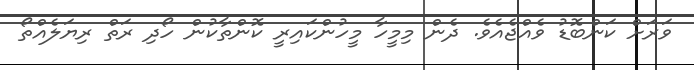
ވަރަށް ކަންބޮޑު ވެއްޖެއެވެ. ދެން މިމީހާ މީހުންކައިރީ ކޮންތާކުން ހޯދި ރަތް ރިޔަލެއްތޯ